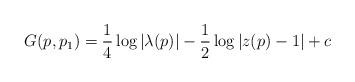
LaTeX: \begin{align*} G(p,p_1) = \frac{1}{4} \log |\lambda(p)| - \frac{1}{2} \log |z(p) - 1| + c \end{align*}